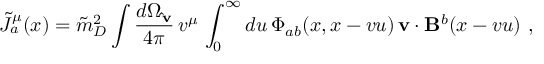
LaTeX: { \tilde { J } } _ { a } ^ { \mu } ( x ) = { \tilde { m } } _ { D } ^ { 2 } \int \frac { d \Omega _ { \bf { \hat { v } } } } { 4 \pi } \, v ^ { \mu } \, \int _ { 0 } ^ { \infty } d u \, \Phi _ { a b } ( x , x - v u ) \, { \bf v } \cdot { \bf B } ^ { b } ( x - v u ) \ , \,